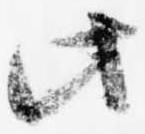
此